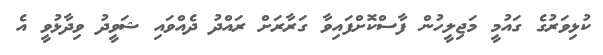
ކުޅިވަރުގެ ގައުމީ މަޖިލީހުން ފާސްކޮށްފައިވާ ގަރާރަށް ރައްދު ދެއްވައި ޝަވީދު ވިދާޅުވީ އެ